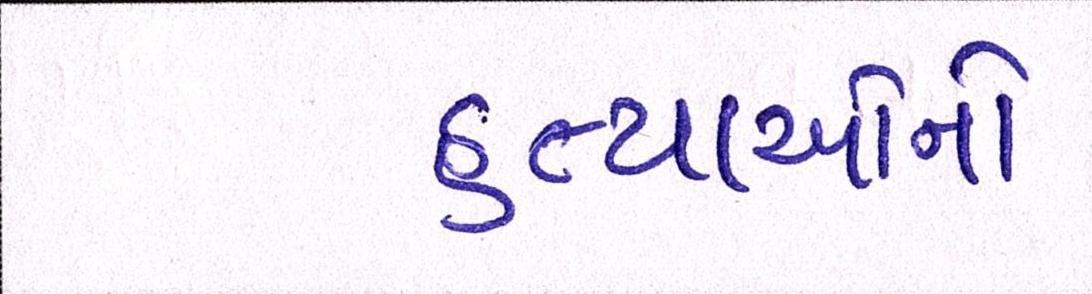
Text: હત્યાઓનો